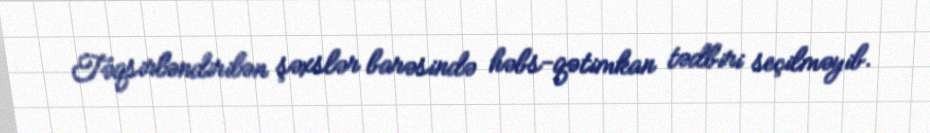
Təqsirləndirilən şəxslər barəsində həbs-qətimkan tədbiri seçilməyib.